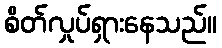
စိတ်လှုပ်ရှားနေသည်။